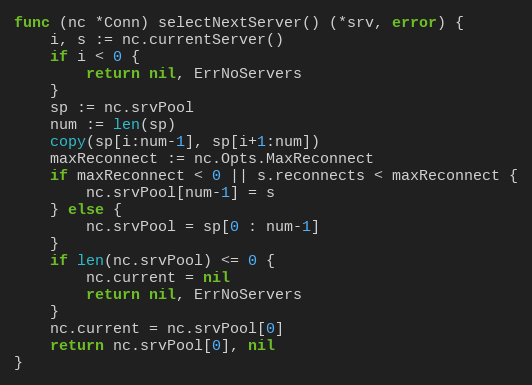
Language: Go
func (nc *Conn) selectNextServer() (*srv, error) {
	i, s := nc.currentServer()
	if i < 0 {
		return nil, ErrNoServers
	}
	sp := nc.srvPool
	num := len(sp)
	copy(sp[i:num-1], sp[i+1:num])
	maxReconnect := nc.Opts.MaxReconnect
	if maxReconnect < 0 || s.reconnects < maxReconnect {
		nc.srvPool[num-1] = s
	} else {
		nc.srvPool = sp[0 : num-1]
	}
	if len(nc.srvPool) <= 0 {
		nc.current = nil
		return nil, ErrNoServers
	}
	nc.current = nc.srvPool[0]
	return nc.srvPool[0], nil
}